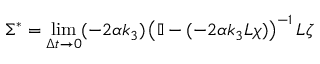
\Sigma ^ { * } = \operatorname* { l i m } _ { \Delta t \rightarrow 0 } ( - 2 \alpha k _ { 3 } ) \left( \mathbb { I } - ( - 2 \alpha k _ { 3 } L \chi ) \right) ^ { - 1 } L \zeta